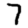
Digit: 7